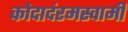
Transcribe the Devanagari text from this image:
कोदादंरमस्वामी